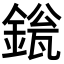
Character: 𬫱